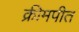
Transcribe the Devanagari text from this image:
क्रीमपीत